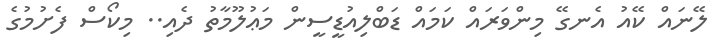
ލޭނައް ކޭއު އެނގޭ މިންވަރައް ކަމައް ޑަބްލިއުޑީސީން މަޢުލޫމާތު ދެއި.. މިކޯސް ފެށުމުގެ